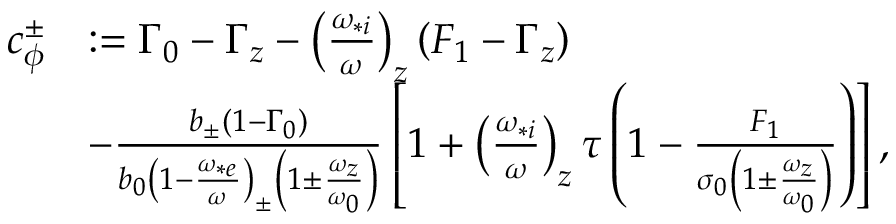
\begin{array} { r l } { c _ { \phi } ^ { \pm } } & { : = \Gamma _ { 0 } - \Gamma _ { z } - \left( \frac { \omega _ { * i } } { \omega } \right) _ { z } \left( F _ { 1 } - \Gamma _ { z } \right) } \\ & { - \frac { b _ { \pm } \left( 1 - \Gamma _ { 0 } \right) } { b _ { 0 } \left( 1 - \frac { \omega _ { * e } } { \omega } \right) _ { \pm } \left( 1 \pm \frac { \omega _ { z } } { \omega _ { 0 } } \right) } \left[ 1 + \left( \frac { \omega _ { * i } } { \omega } \right) _ { z } \tau \left( 1 - \frac { F _ { 1 } } { \sigma _ { 0 } \left( 1 \pm \frac { \omega _ { z } } { \omega _ { 0 } } \right) } \right) \right] , } \end{array}